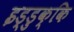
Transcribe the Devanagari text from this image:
इड्डुक्कि